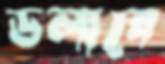
ডলাবে